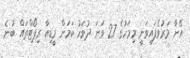
އޭނާ މަރުވެފައިވަނީ މިމަހުގެ 27 ވަނަ ދުވަހު ކަމަށް މީޑިއާ ރިޕޯޓްތައް ބުނެ